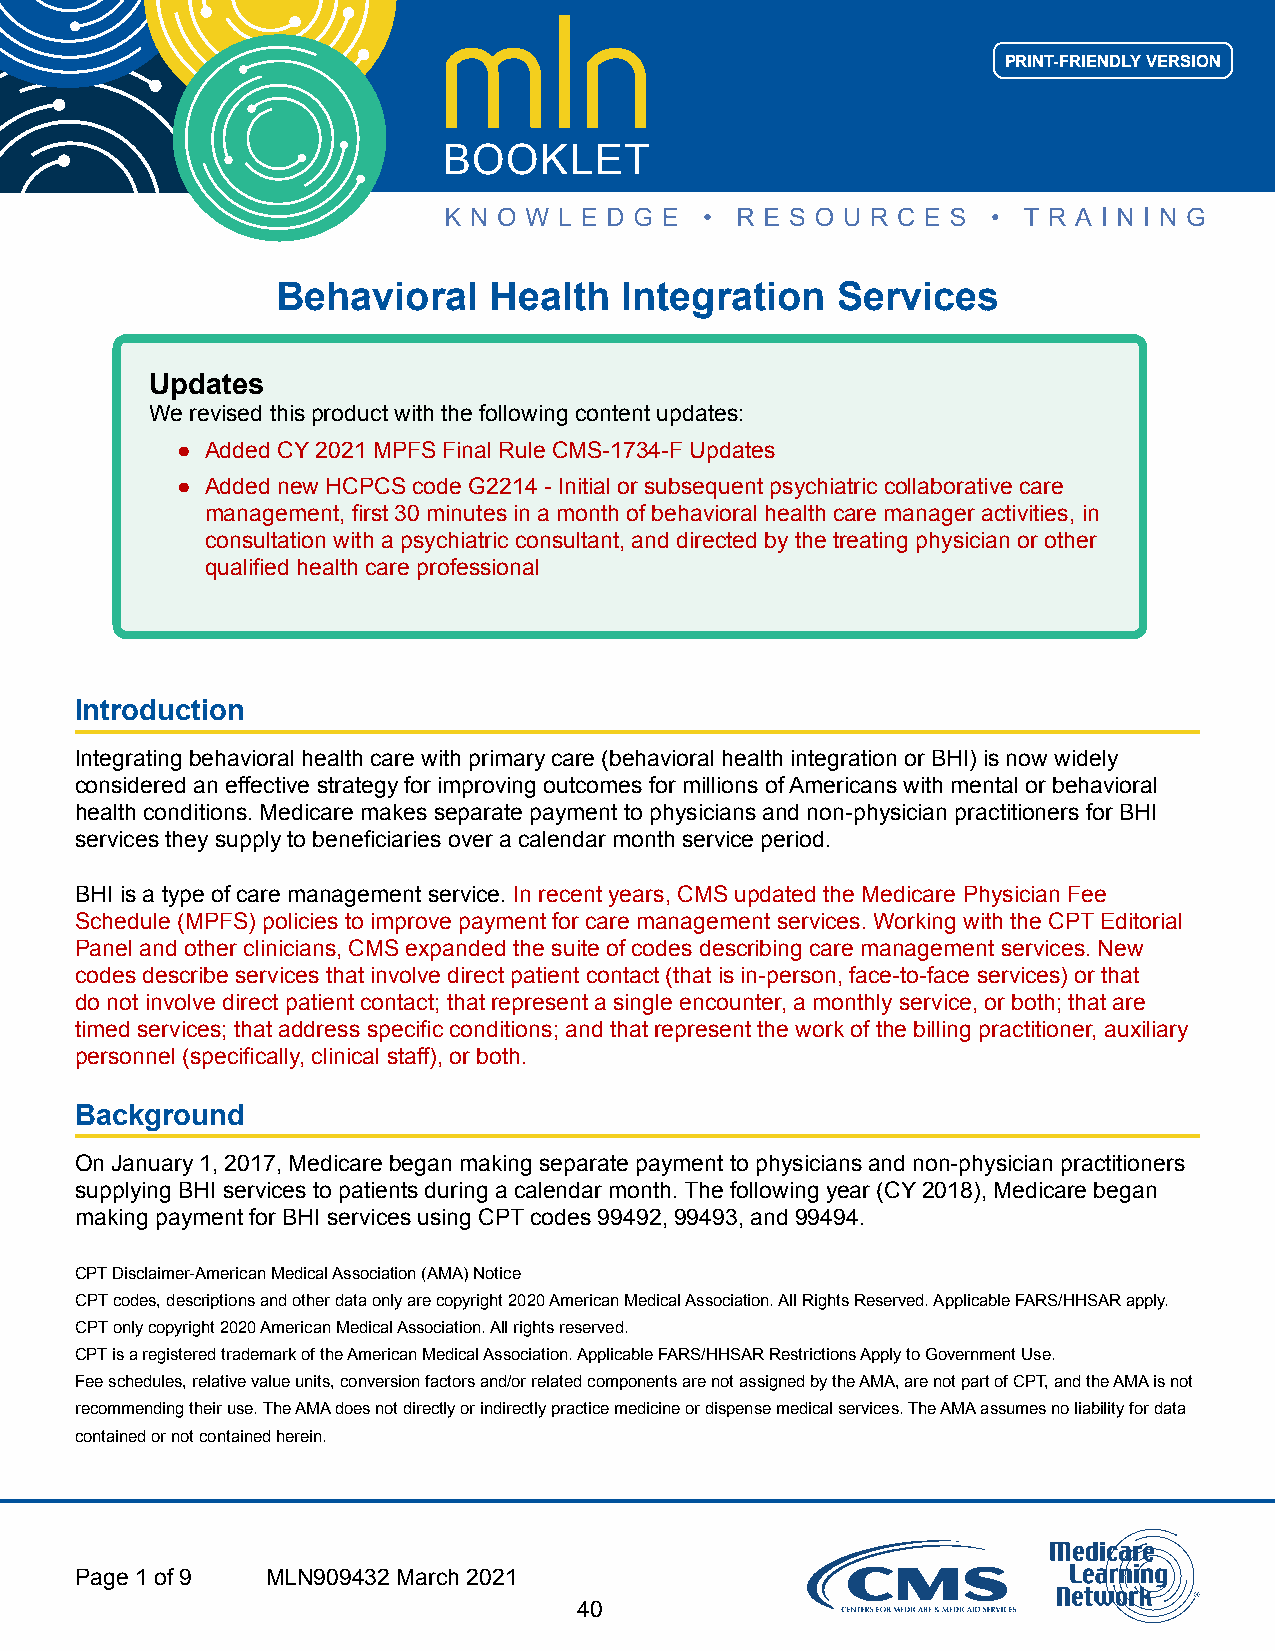
PRINT-FRIENDLY VERSION
 BOOKLET
 Behavioral    Health   Integration   Services
 Updates
 We revised this product with the following content updates:
 ● Added CY 2021 MPFS Final Rule CMS-1734-F Updates
 ● Added new HCPCS code G2214 - Initial or subsequent psychiatric collaborative care
 management, first 30 minutes in a month of behavioral health care manager activities, in
 consultation with a psychiatric consultant, and directed by the treating physician or other
 qualified health care professional
 Introduction
 Integrating behavioral health care with primary care (behavioral health integration or BHI) is now widely
 considered an effective strategy for improving outcomes for millions of Americans with mental or behavioral
 health conditions. Medicare makes separate payment to physicians and non-physician practitioners for BHI
 services they supply to beneficiaries over a calendar month service period.
 BHI is a type of care management service. In recent years, CMS updated the Medicare Physician Fee
 Schedule (MPFS) policies to improve payment for care management services. Working with the CPT Editorial
 Panel and other clinicians, CMS expanded the suite of codes describing care management services. New
 codes describe services that involve direct patient contact (that is in-person, face-to-face services) or that
 do not involve direct patient contact; that represent a single encounter, a monthly service, or both; that are
 timed services; that address specific conditions; and that represent the work of the billing practitioner, auxiliary
 personnel (specifically, clinical staff), or both.
 Background
 On January 1, 2017, Medicare began making separate payment to physicians and non-physician practitioners
 supplying BHI services to patients during a calendar month. The following year (CY 2018), Medicare began
 making payment for BHI services using CPT codes 99492, 99493, and 99494.
 CPT Disclaimer-American Medical Association (AMA) Notice
 CPT codes, descriptions and other data only are copyright 2020 American Medical Association. All Rights Reserved. Applicable FARS/HHSAR apply.
 CPT only copyright 2020 American Medical Association. All rights reserved.
 CPT is a registered trademark of the American Medical Association. Applicable FARS/HHSAR Restrictions Apply to Government Use.
 Fee schedules, relative value units, conversion factors and/or related components are not assigned by the AMA, are not part of CPT, and the AMA is not
 recommending their use. The AMA does not directly or indirectly practice medicine or dispense medical services. The AMA assumes no liability for data
 contained or not contained herein.
 Page 1 of 9  MLN909432 March 2021
 40